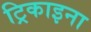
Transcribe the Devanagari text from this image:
ट्रिकाइना